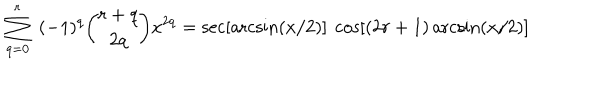
\sum _ { q = 0 } ^ { r } \ ( - 1 ) ^ { q } { \binom { r + q } { 2 q } } x ^ { 2 q } = \sec [ \operatorname { a r c s i n } ( x / 2 ) ] \ \cos [ ( 2 r + 1 ) \operatorname { a r c s i n } ( x / 2 ) ]